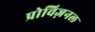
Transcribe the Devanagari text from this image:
प्रोविज़नल